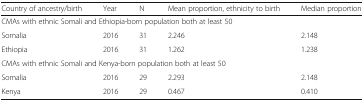
| Country of ancestry/birth | Year | N | Mean proportion, ethnicity to birth | Median proportion |
 | --- | --- | --- | --- | --- |
 | <COLSPAN=5> CMAs with ethnic Somali and Ethiopia-born population both at least 50 |
 | Somalia | 2016 | 31 | 2.246 | 2.148 |
 | Ethiopia | 2016 | 31 | 1.262 | 1.238 |
 | <COLSPAN=5> CMAs with ethnic Somali and Kenya-born population both at least 50 |
 | Somalia | 2016 | 29 | 2.293 | 2.148 |
 | Kenya | 2016 | 29 | 0.467 | 0.410 |